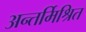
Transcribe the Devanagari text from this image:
अन्तर्मिश्रित